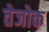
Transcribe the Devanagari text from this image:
तेजोक